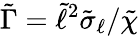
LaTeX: \tilde{\Gamma}=\tilde{\ell}^{2}\tilde{\sigma}_{\ell}/\tilde{\chi}